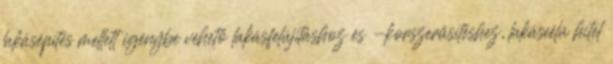
lakásépítés mellett igénybe vehető lakásfelújításhoz és -korszerűsítéshez, lakáscélú hitel